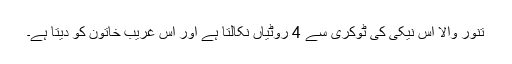
تنور والا اس نیکی کی ٹوکری سے 4 روٹیاں نکالتا ہے اور اس غریب خاتون کو دیتا ہے۔